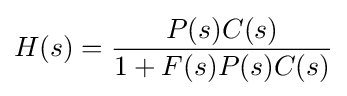
H(s)={\frac {P(s)C(s)}{1+F(s)P(s)C(s)}}